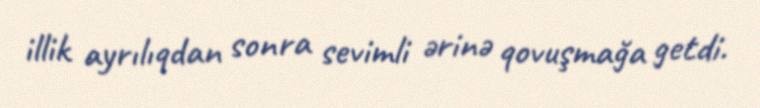
illik ayrılıqdan sonra sevimli ərinə qovuşmağa getdi.